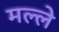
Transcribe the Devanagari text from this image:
मल्ले